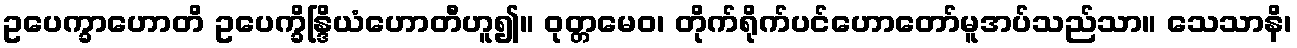
ဥပေက္ခာဟောတိ ဥပေက္ခိန္ဒြိယံဟောတီဟူ၍။ ဝုတ္တမေဝ၊ တိုက်ရိုက်ပင်ဟောတော်မူအပ်သည်သာ။ သေသာနိ၊